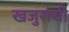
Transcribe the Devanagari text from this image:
खजुराची